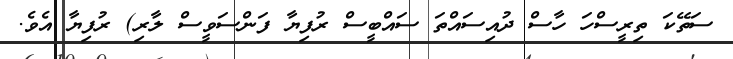
ސަތޭކަ ތިރީސްހަ ހާސް ދުއިސައްތަ ސައްބީސް ރުފިޔާ ފަންސަވީސް ލާރި) ރުފިޔާ އެވެ.